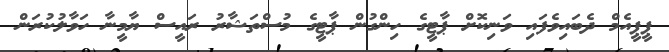
ޕީޕީއެމް ދެބައިވެފައި ވަނިކޮށް ޕާޓީގެ ހިންގުން ޕާޓީގެ މުސްތަޝާރު ރައީސް ޔާމީނާ ހަވާލުކުރަން